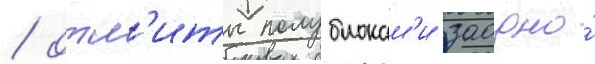
/ отл'иты полублокам'и заодно́